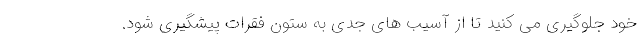
خود جلوگیری می­ کنید تا از آسیب­ های جدی به ستون فقرات پیشگیری شود.